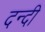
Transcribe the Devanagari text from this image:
दन्दी